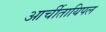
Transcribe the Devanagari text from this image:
आर्चीतायिपल